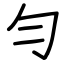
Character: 勻